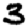
Digit: 3